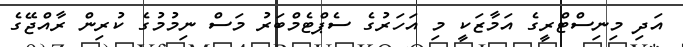
އަދި މިނިސްޓްރީގެ އަމާޒަކީ މި އަހަރުގެ ސެޕްޓެމްބަރު މަސް ނިމުމުގެ ކުރިން ރާއްޖޭގެ